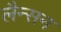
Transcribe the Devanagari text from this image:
लैन्सन